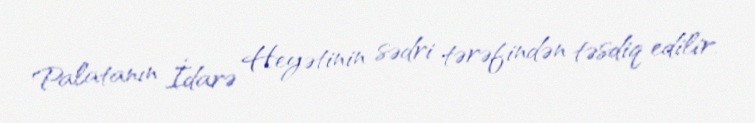
Palatanın İdarə Heyətinin sədri tərəfindən təsdiq edilir.